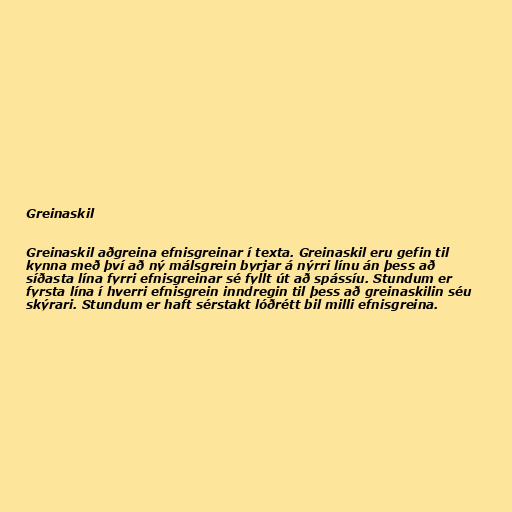
Greinaskil

Greinaskil aðgreina efnisgreinar í texta. Greinaskil eru gefin til
kynna með því að ný málsgrein byrjar á nýrri línu án þess að
síðasta lína fyrri efnisgreinar sé fyllt út að spássíu. Stundum er
fyrsta lína í hverri efnisgrein inndregin til þess að greinaskilin séu
skýrari. Stundum er haft sérstakt lóðrétt bil milli efnisgreina.